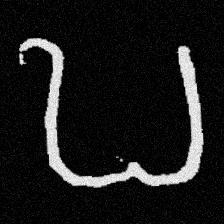
Pyu character \u2014 Myanmar letter: ဎ (romanized: ddha)